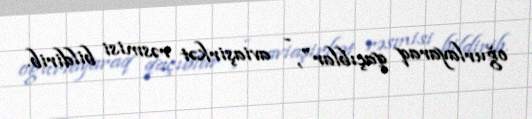
oğurlayaraq qaçıblar", - aviaşirkət rəsmisi bildirib.